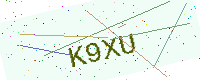
Text: K9XU